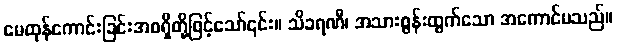
မေထုန်ကောင်းခြင်းအစရှိတို့ဖြင့်သော်၎င်း။ သိခရဏီ၊ အသားစွန်းထွက်သော အကောင်မသည်။